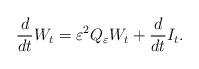
LaTeX: \begin{align*}\frac{ d }{ dt } W_t = \varepsilon^2 Q_{\varepsilon} W_t + \frac{ d }{ dt } I_t . \end{align*}